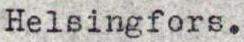
Helsingfors.